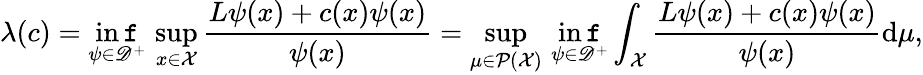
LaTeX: \lambda(c)=\operatorname*{in\mathtt{f}}_{\psi\in{\mathscr{{D}}}^{+}}\, \operatorname*{sup}_{x\in{\mathcal{{X}}}}\frac{{L\psi(x)+c(x)\psi(x)}}{{\psi(x)}}=\operatorname*{sup}_{\mu\in{\mathcal{{P}}}({\mathcal{{X}}})}\, \operatorname*{in\mathtt{f}}_{\psi\in{\mathscr{{D}}}^{+}}\int_{{\mathcal{{X}}}}\frac{{L\psi(x)+c(x)\psi(x)}}{{\psi(x)}}\mathrm{{d}}\mu,